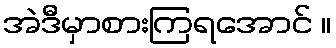
အဲဒီမှာစားကြရအောင် ။